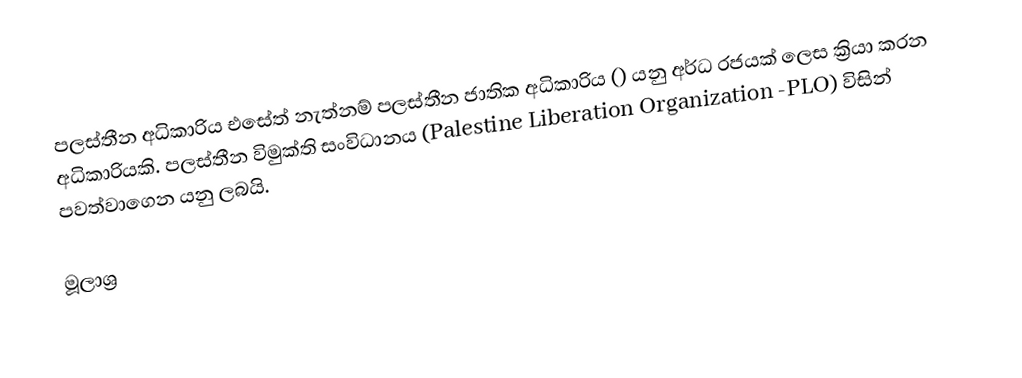
පලස්තීන අධිකාරිය එසේත් නැත්නම් පලස්තීන ජාතික අධිකාරිය () යනු අර්ධ රජයක් ලෙස ක්‍රියා කරන අධිකාරියකි. පලස්තීන විමුක්ති සංවිධානය (Palestine Liberation Organization -PLO) විසින් පවත්වාගෙන යනු ලබයි.

මූලාශ්‍ර